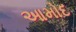
આમોદ